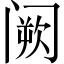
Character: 阙